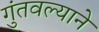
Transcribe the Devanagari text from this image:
गुंतवल्याने